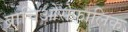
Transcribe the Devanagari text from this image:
ब्राचिओसेफालिक